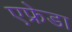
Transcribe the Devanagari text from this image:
एफ्रेडा